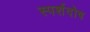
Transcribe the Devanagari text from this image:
स्पर्शदोष